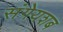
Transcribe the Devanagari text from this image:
संगेयशब